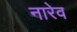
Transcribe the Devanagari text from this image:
नारेव